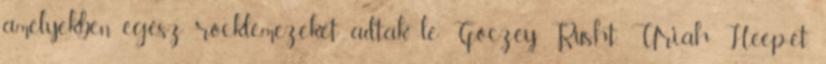
amelyekben egész rocklemezeket adtak le Göczey Rusht, Uriah Heep-et,